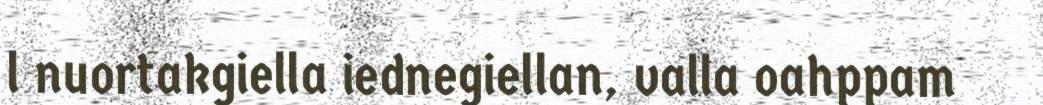
l nuortakgiella iednegiellan, valla oahppam